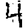
Digit: 4